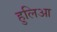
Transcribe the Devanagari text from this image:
हुलिआ